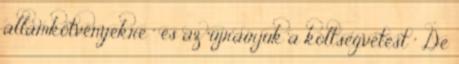
államkötvényekre " és az "újraírjuk a költségvetést " De